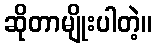
ဆိုတာမျိုးပါတဲ့။